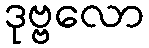
ဒုဗ္ဗလော